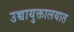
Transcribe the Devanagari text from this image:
उच्चायुक्तालयात